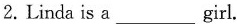
2.Linda is a___girl.